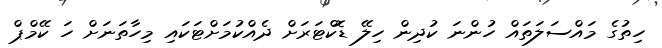
ހިތުގެ މައްސަލަތައް ހުންނަ ކުދިން ހިލޭ ޑޮކްޓަރަށް ދެއްކުމަށްޓަކައި މިހާތަނަށް ހަ ކޭމްޕް